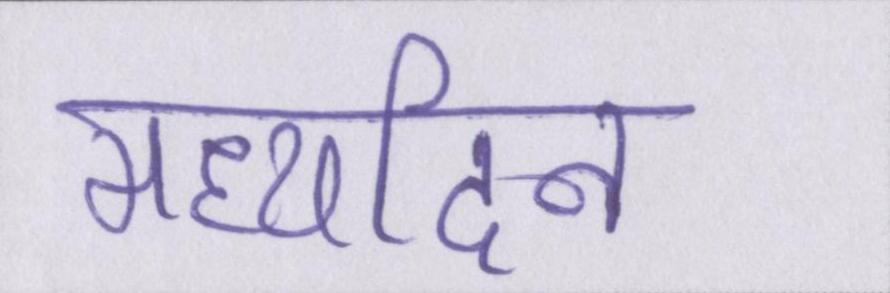
मध्यदिन